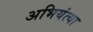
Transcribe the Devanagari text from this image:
अभियंत्या